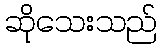
ဆိုသေးသည်